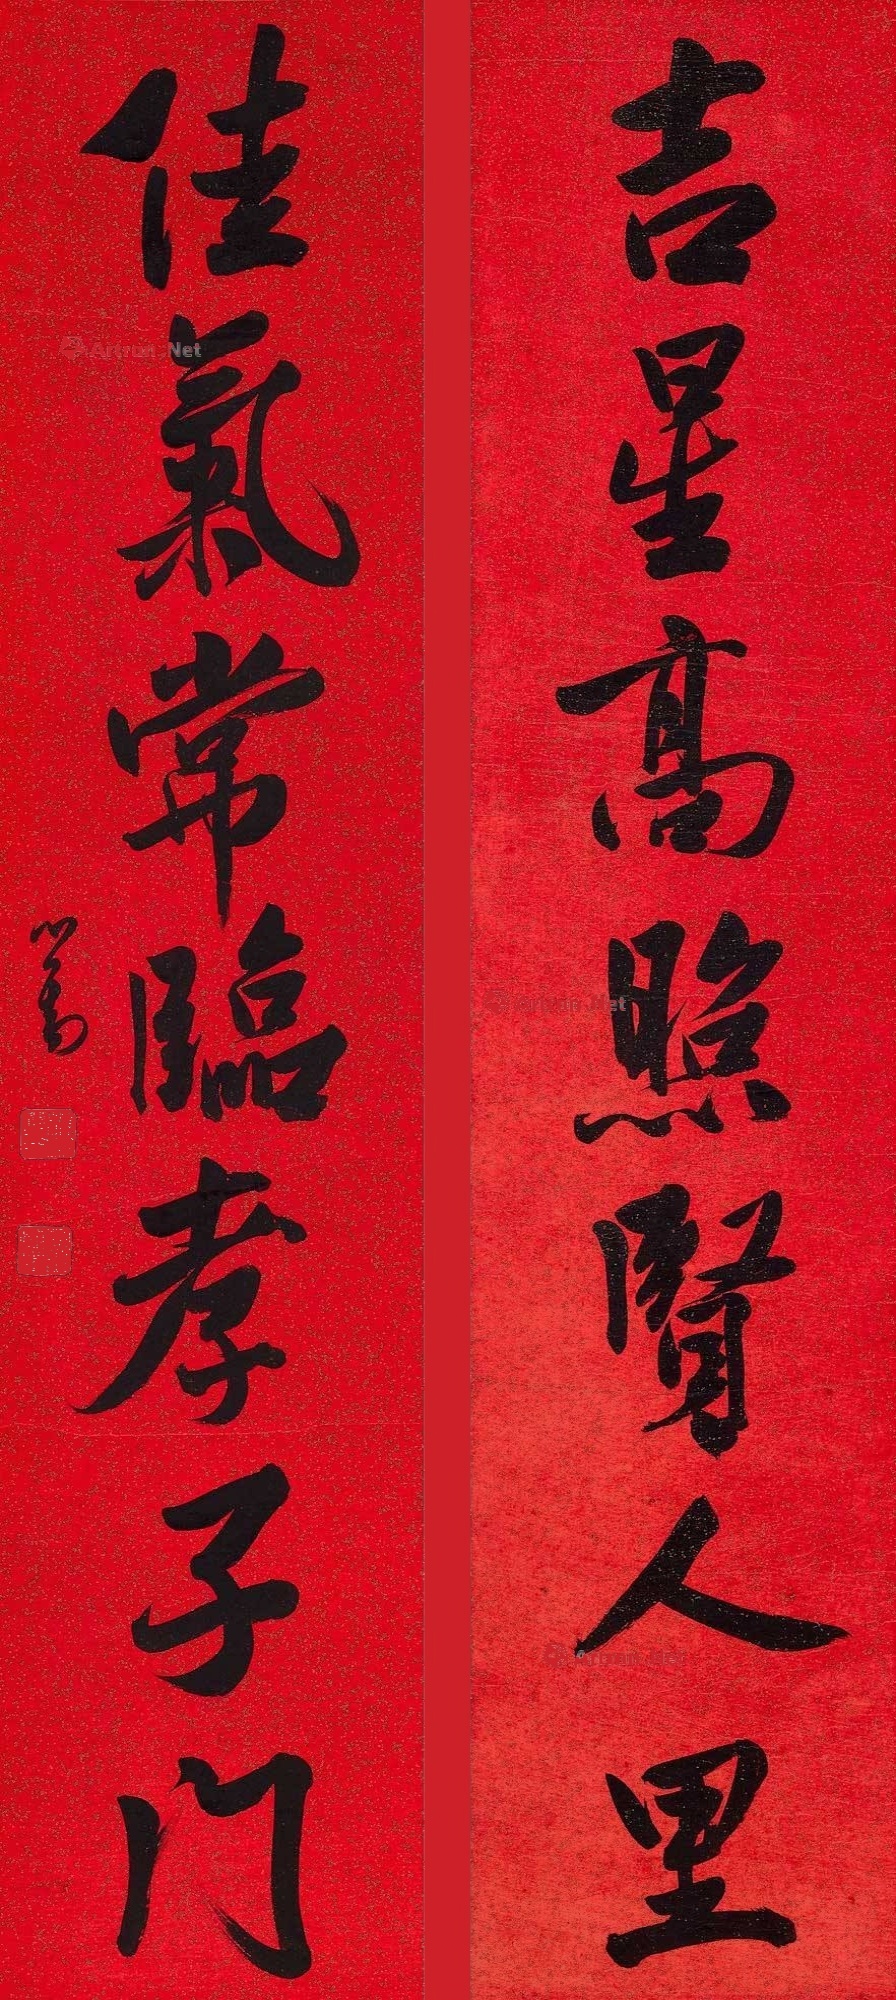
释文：吉星高照贤人里，佳气常临孝子门。心畬。